Punjab Mental Hospital Lahore 1922-31 - 1922-1931
Year: 1922
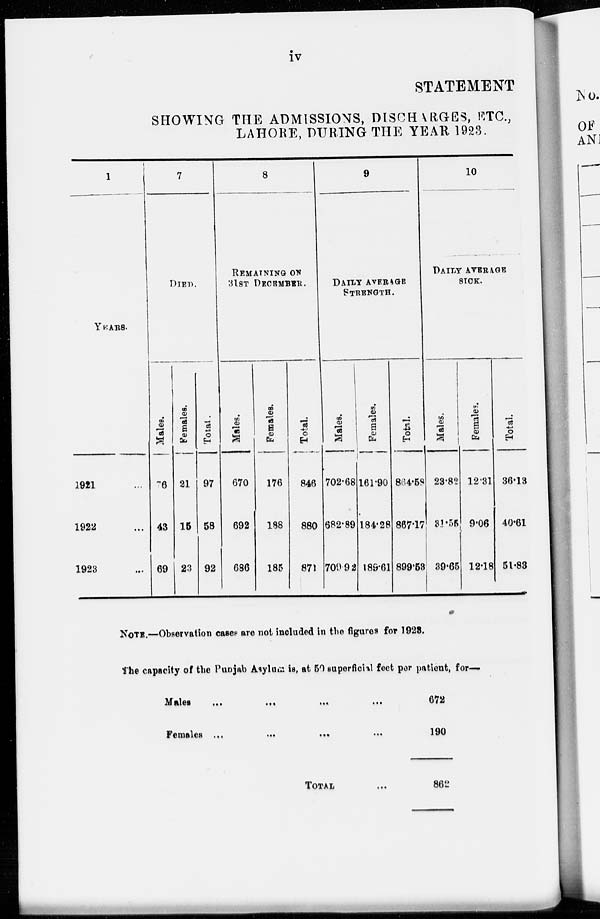
iv
STATEMENT
SHOWING THE ADMISSIONS, DISCHARGES, ETC.,
LAHORE, DURING THE YEAR 1923.
1
YEARS.
1921 ...
1922 ...
1923 ...
7
DIED.
Males.
76
43
69
Female.
21
15
23
Total.
97
58
92
8
REMAINING ON
31ST DECEMBER.
Males.
670
692
686
Females.
176
188
185
Total.
846
880
871
9
DAILY AVERAGE
STRENGTH.
Males.
702.68
682.89
709.92
Females.
161.90
184.28
189.61
Total.
864.58
867.17
899.53
10
DAILY AVERAGE
SICK.
Males.
23.82
31.55
39.65
Females.
12.31
9.06
12.18
Total.
36.13
40.61
51.83
NOTE.—Observation cases are not included in the figures for 1923.
The capacity of the Punjab Asylum is, at 50 superficial feet per patient, for—
Males
...
...
...
...
Females ...
...
...
...
TOTAL ...
672
190
862